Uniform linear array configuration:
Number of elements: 16
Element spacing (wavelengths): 0.75
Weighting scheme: exponential
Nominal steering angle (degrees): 30
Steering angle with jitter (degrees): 31.868
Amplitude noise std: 0.05
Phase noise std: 0.05

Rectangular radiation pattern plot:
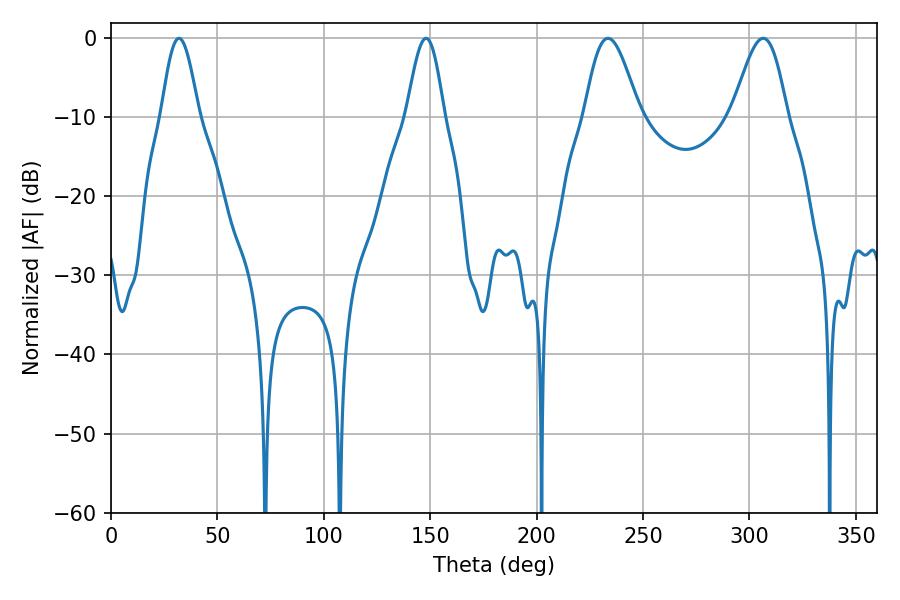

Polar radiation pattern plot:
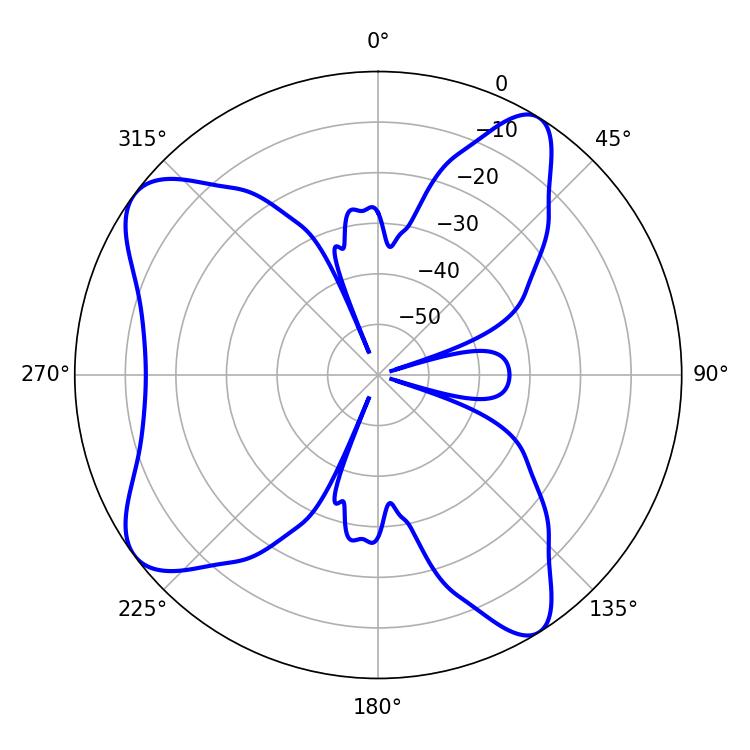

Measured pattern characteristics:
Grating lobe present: TRUE
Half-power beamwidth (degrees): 13.68
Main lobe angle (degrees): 233.46